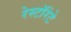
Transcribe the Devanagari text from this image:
रेस्टॉरंटे